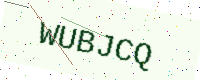
Text: WUBJCQ